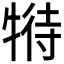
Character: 𤚟